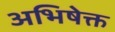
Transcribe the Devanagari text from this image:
अभिषेक्त